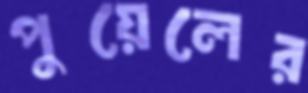
পুয়েলের